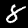
Label: 8